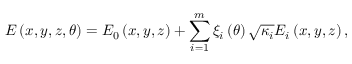
E \left( x , y , z , \theta \right) = E _ { 0 } \left( x , y , z \right) + \sum _ { i = 1 } ^ { m } \xi _ { i } \left( \theta \right) \sqrt { \kappa _ { i } } E _ { i } \left( x , y , z \right) ,